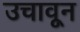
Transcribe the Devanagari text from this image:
उचावून